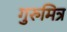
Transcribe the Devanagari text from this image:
गुरुमित्र